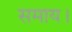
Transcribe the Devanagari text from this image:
समाय।